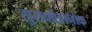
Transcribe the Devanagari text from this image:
सुसक्वेहानोक